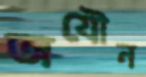
অযৌন